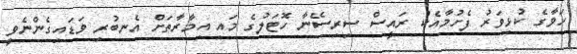
ހަވާގެ ކުޅިވަރު ފެށުމާއެކު ރައީސް ސިރިސޭނާ ހޮޓަލުގެ މައި އިމާރާތަށް އެނބުރި ވަޑައިގެންނެވީ